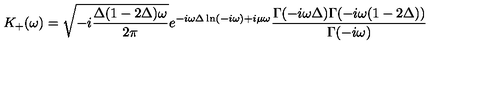
K _ { + } ( \omega ) = \sqrt { - i \frac { \Delta ( 1 - 2 \Delta ) \omega } { 2 \pi } } e ^ { - i \omega \Delta \ln ( - i \omega ) + i \mu \omega } \frac { \Gamma ( - i \omega \Delta ) \Gamma ( - i \omega ( 1 - 2 \Delta ) ) } { \Gamma ( - i \omega ) }